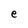
Character: e